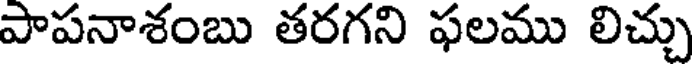
పాపనాశంబు తరగని ఫలము లిచ్చు